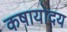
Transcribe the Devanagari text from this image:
कषायोदय